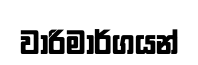
වාරිමාර්ගයන්